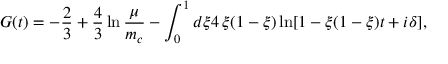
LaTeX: G ( t ) = - \frac { 2 } { 3 } + \frac { 4 } { 3 } \ln \frac { \mu } { m _ { c } } - \int _ { 0 } ^ { 1 } d \xi 4 \, \xi ( 1 - \xi ) \ln [ 1 - \xi ( 1 - \xi ) t + i \delta ] ,